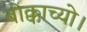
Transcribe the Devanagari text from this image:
बोक्काच्यो।